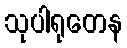
သုပါရုတေန